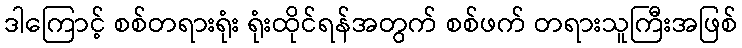
ဒါကြောင့် စစ်တရားရုံး ရုံးထိုင်ရန်အတွက် စစ်ဖက် တရားသူကြီးအဖြစ်